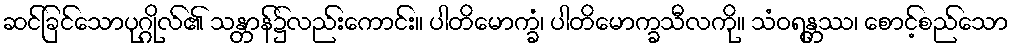
ဆင်ခြင်သောပုဂ္ဂိုလ်၏ သန္တာန်၌လည်းကောင်း။ ပါတိမောက္ခံ၊ ပါတိမောက္ခသီလကို။ သံဝရန္တဿ၊ စောင့်စည်သော